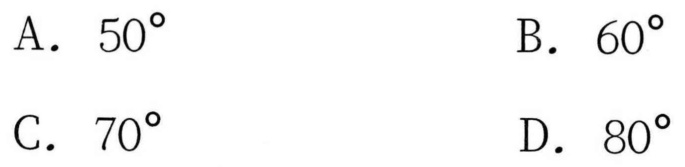
A. \(50^{\circ}\)  \(\ \ \ \ \) B. \(60^{\circ}\)
C. \(70^{\circ}\)  \(\ \ \ \ \) D. \(80^{\circ}\)